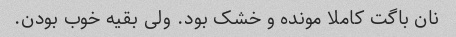
نان باگت کاملا مونده و خشک بود. ولی بقیه خوب بودن.